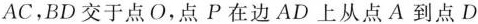
AC，BD交于点O，点P在边AD上从点A到点D